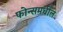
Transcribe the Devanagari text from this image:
फोन्समधील